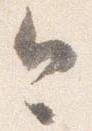
今